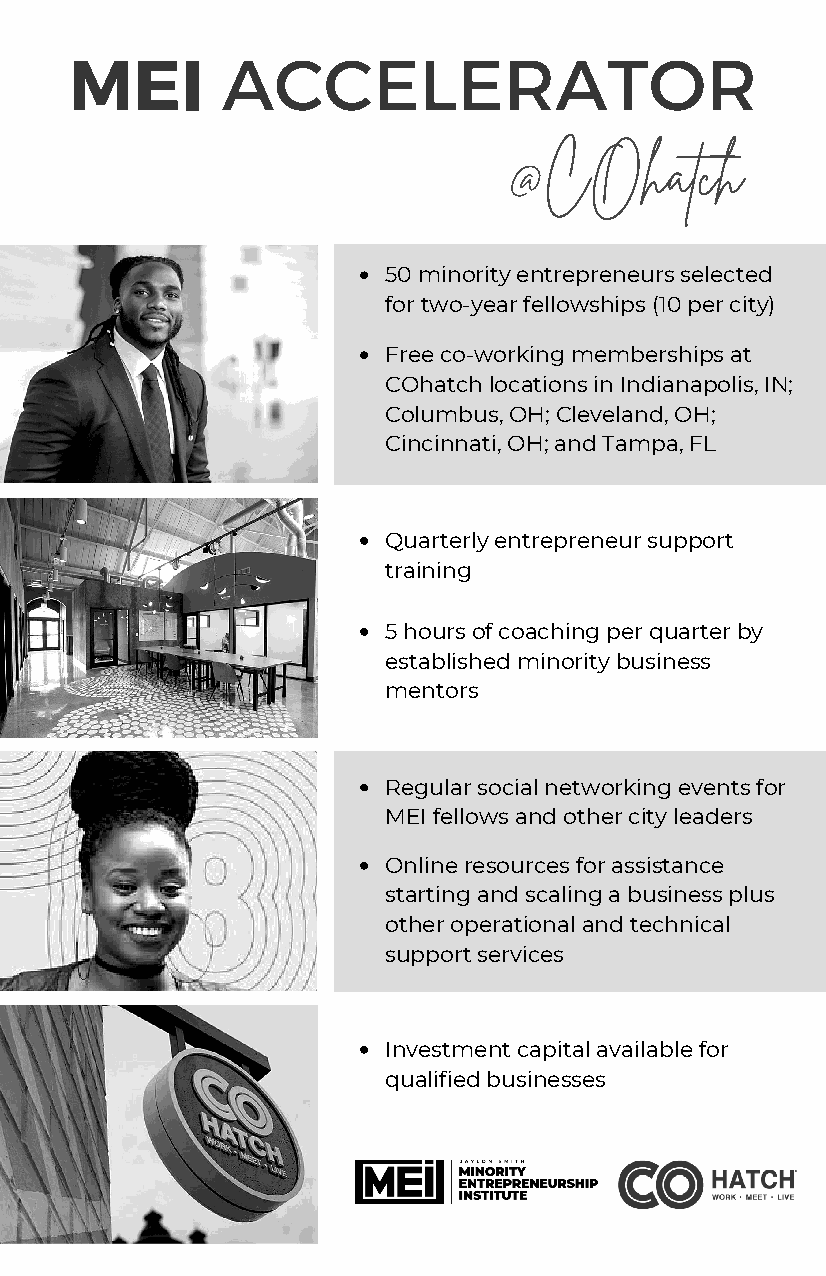
MEI       ACCELERATOR
 @COhatch
 50 minority entrepreneurs selected
 for two-year fellowships (10 per city)
 Free co-working memberships at
 COhatch locations in Indianapolis, IN;
 Columbus, OH; Cleveland, OH;
 Cincinnati, OH; and Tampa, FL
 Quarterly entrepreneur support
 training
 5 hours of coaching per quarter by
 established minority business
 mentors
 Regular social networking events for
 MEI fellows and other city leaders
 Online resources for assistance
 starting and scaling a business plus
 other operational and technical
 support services
 Investment capital available for
 qualified businesses